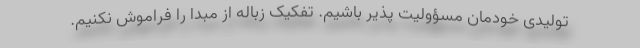
تولیدی خودمان مسؤولیت پذیر باشیم. تفکیک زباله از مبدا را فراموش نکنیم.